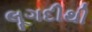
લૂગદીથી